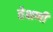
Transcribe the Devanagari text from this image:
तेक्षणी